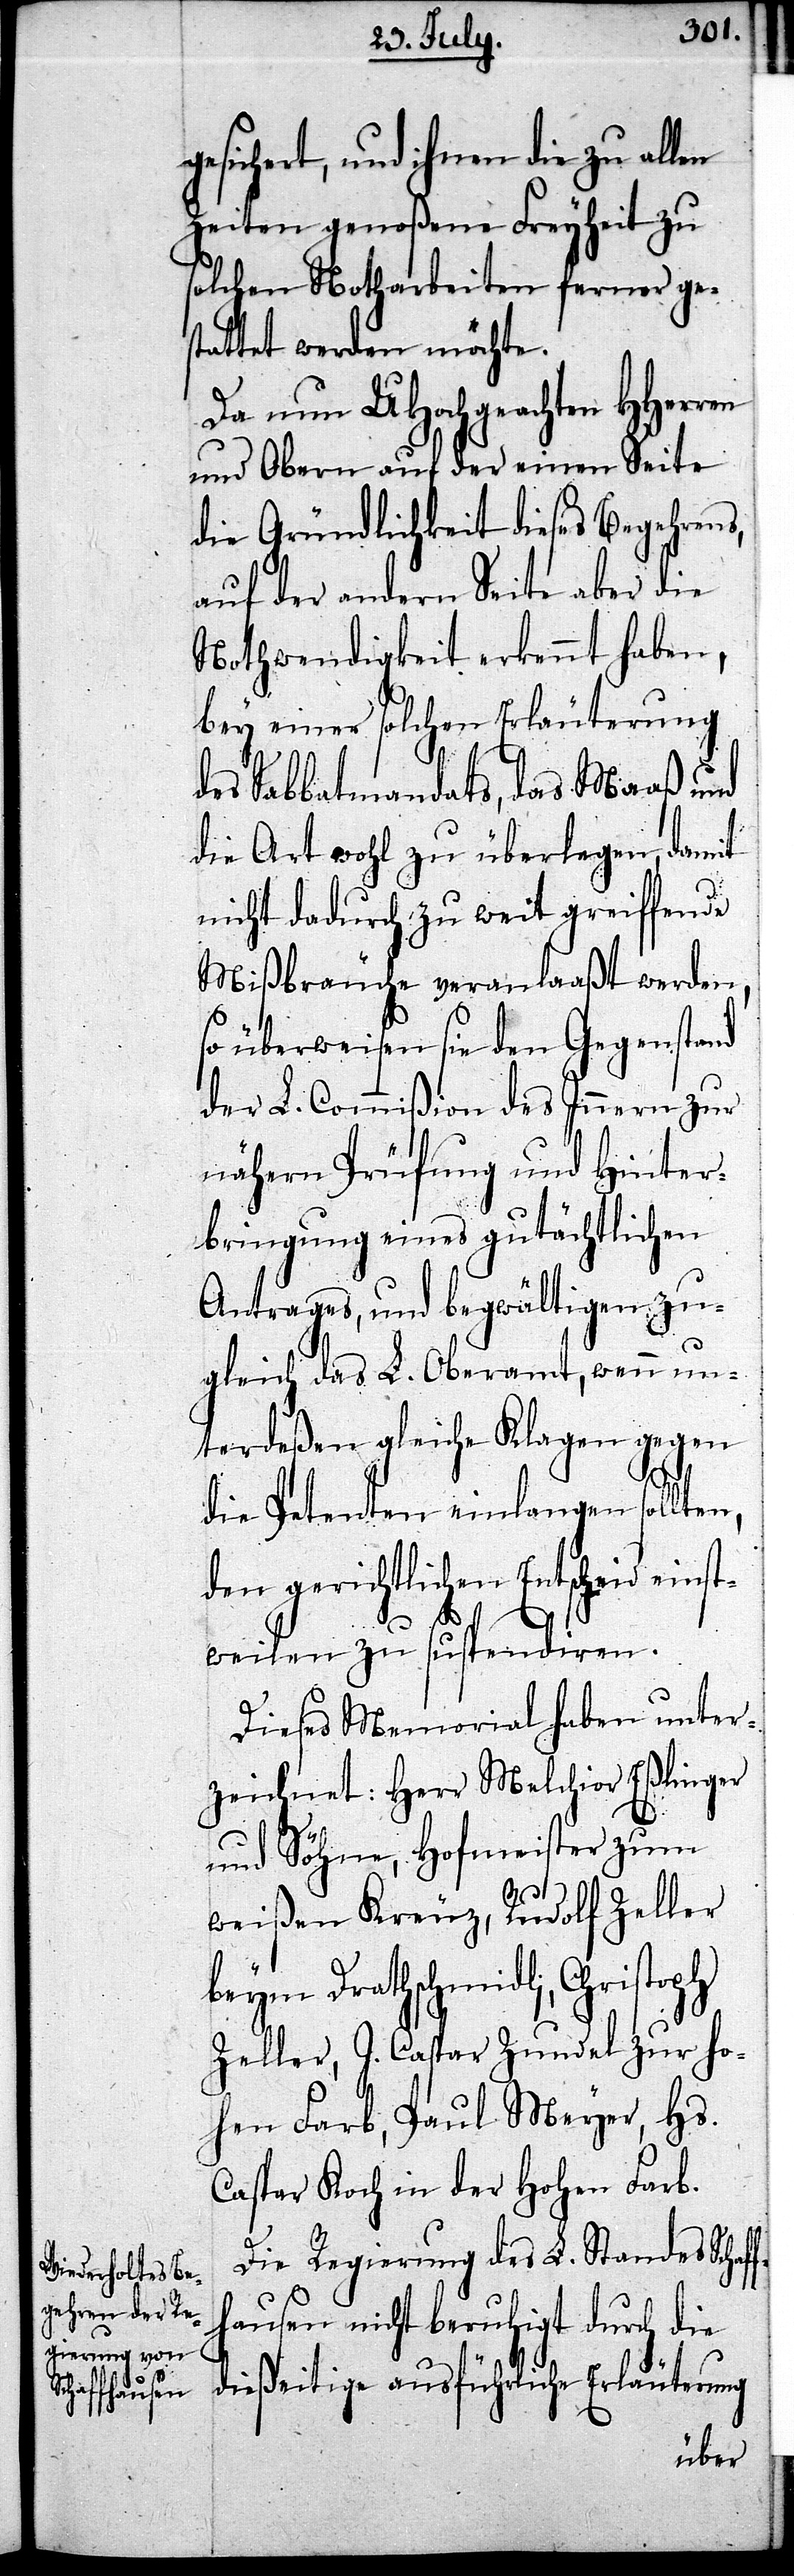
gesichert, und ihnen die zu allen
Zeiten genoßene Freyheit zu
solchen Notharbeiten ferner ge¬
stattet werden möchte.
Da nun UHochgeachten Herren
und Obern auf der einen Seite
die Gründlichkeit dieses Begehrens,
auf der andern Seite aber die
Nothwendigkeit erkennt haben,
bey einer solchen Erläuterung
des Sabbatmandats, das Maaß und
die Art wohl zu überlegen, damit
nicht dadurch zu weit greiffende
Mißbräuche veranlaaßt werden,
so überweisen sie den Gegenstand
der L. Commißion des Innern zur
nähern Prüfung und Hinter¬
bringung eines gutächtlichen
Antrages, und begwältigen zu¬
gleich das L. Oberamt, wenn un¬
terdeßen gleiche Klagen gegen
die Petenten einlangen sollten,
den gerichtlichen Entscheid einst¬
weilen zu suspendiren.
Dieses Memorial haben unter¬
zeichnet: Herr Melchior Eßlinger
und Söhne, Hofmeister zum
weißen Kreuz, Rudolf Zeller
beym Drathschmidli, Christoph
Zeller, J. Caspar Zundel zur ho¬
hen Farb, Paul Meyer, Hs.
Caspar Koch in der Hohen Farb.
Die Regierung des L. Standes Schaff¬
hausen nicht beruhigt durch die
dießeitige ausführliche Erläuterung